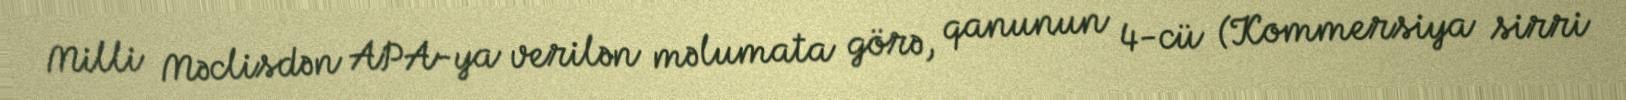
Milli Məclisdən APA-ya verilən məlumata görə, qanunun 4-cü (Kommersiya sirri